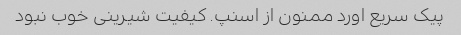
پیک سریع اورد ممنون از اسنپ. کیفیت شیرینی خوب نبود